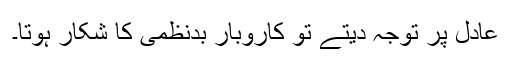
عادل پر توجہ دیتے تو کاروبار بدنظمی کا شکار ہوتا۔